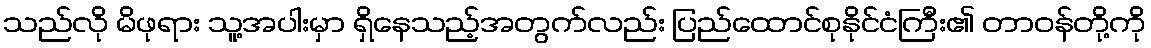
သည်လို မိဖုရား သူ့အပါးမှာ ရှိနေသည့်အတွက်လည်း ပြည်ထောင်စုနိုင်ငံကြီး၏ တာဝန်တို့ကို